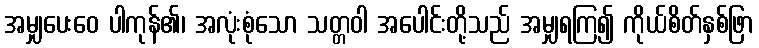
အမျှပေးဝေ ပါကုန်၏၊ အလုံးစုံသော သတ္တဝါ အပေါင်းတို့သည် အမျှရကြ၍ ကိုယ်စိတ်နှစ်ဖြာ